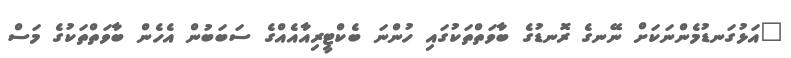
"އަޅުގަނޑުމެންނަކަށް ނޭނގެ ރޮނޑުގެ ބާވަތްތަކުގައި ހުންނަ ބެކްޓީރިއާއެއްގެ ސަބަބުން އެހެން ބާވަތްތަކުގެ މަސް